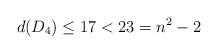
LaTeX: \begin{align*}d(D_4)\le 17<23=n^2-2 \end{align*}